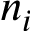
n _ { i }